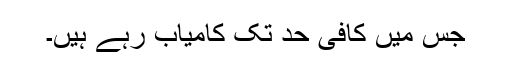
جس میں کافی حد تک کامیاب رہے ہیں۔